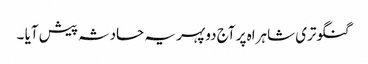
گنگوتری شاہراہ پر آج دوپہر یہ حادثہ پیش آیا ۔